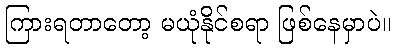
ကြားရတာတော့ မယုံနိုင်စရာ ဖြစ်နေမှာပဲ။